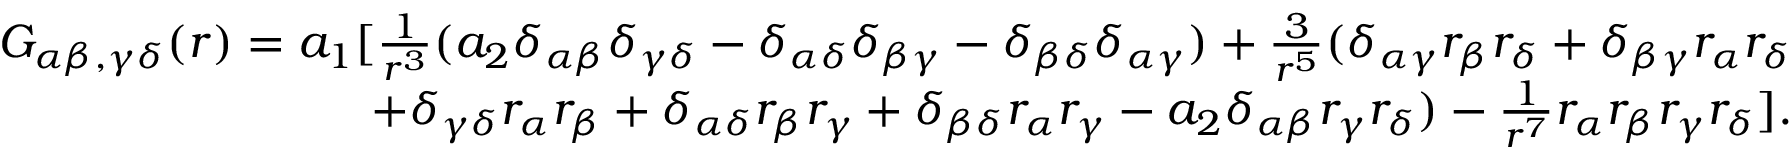
\begin{array} { r } { G _ { \alpha \beta , \gamma \delta } ( r ) = a _ { 1 } [ \frac { 1 } { r ^ { 3 } } ( a _ { 2 } \delta _ { \alpha \beta } \delta _ { \gamma \delta } - \delta _ { \alpha \delta } \delta _ { \beta \gamma } - \delta _ { \beta \delta } \delta _ { \alpha \gamma } ) + \frac { 3 } { r ^ { 5 } } ( \delta _ { \alpha \gamma } r _ { \beta } r _ { \delta } + \delta _ { \beta \gamma } r _ { \alpha } r _ { \delta } } \\ { + \delta _ { \gamma \delta } r _ { \alpha } r _ { \beta } + \delta _ { \alpha \delta } r _ { \beta } r _ { \gamma } + \delta _ { \beta \delta } r _ { \alpha } r _ { \gamma } - a _ { 2 } \delta _ { \alpha \beta } r _ { \gamma } r _ { \delta } ) - \frac { 1 } { r ^ { 7 } } r _ { \alpha } r _ { \beta } r _ { \gamma } r _ { \delta } ] . } \end{array}